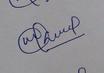
Signature authenticity: genuine